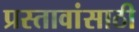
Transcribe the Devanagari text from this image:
प्रस्तावांसाठी